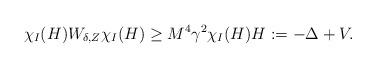
LaTeX: \begin{align*} \chi_I (H) W_{\delta, Z} \chi_I (H) \geq M^4\gamma^2 \chi_I (H) H:= -\Delta +V. \end{align*}